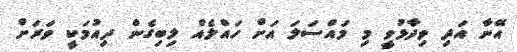
އޭނާ އަދި ވިދާޅުވީ މި މައްސަލަ އަށް ހައްލެއް ލިބިގެން ދިއުމަކީ ވަަރަށް